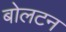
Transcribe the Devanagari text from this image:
बोलटन